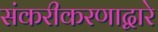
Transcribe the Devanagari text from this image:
संकरीकरणाद्वारे